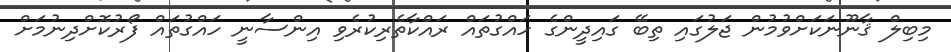
މިބިލް ޤާނޫނަކަށްވުމުން ޖަލުގައި ތިބޭ ގައިދީންގެ ހައްގުތައް ރައްކާތެރިކުރެވި އިންސާނީ ހައްގުތައް ފޯރުކޮށްދިނުމަށް